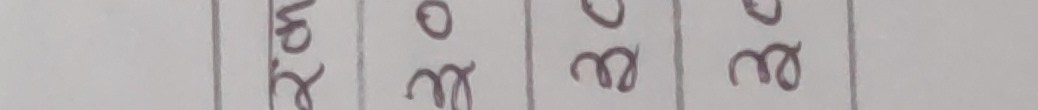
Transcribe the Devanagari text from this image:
४० २० २० ३०